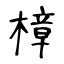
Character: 樟